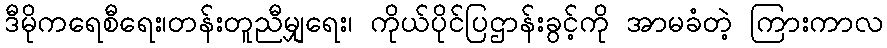
ဒီမိုကရေစီရေး၊တန်းတူညီမျှရေး၊ ကိုယ်ပိုင်ပြဌာန်းခွင့်ကို အာမခံတဲ့ ကြားကာလ